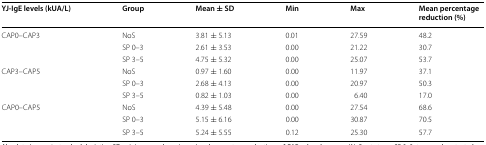
<table><thead><tr><td><b>YJ-IgE levels (kUA/L)</b></td><td><b>Group</b></td><td><b>Mean ± SD</b></td><td><b>Min</b></td><td><b>Max</b></td><td><b>Mean percentage reduction (%)</b></td></tr></thead><tbody><tr><td rowspan="3">CAP0–CAP3</td><td>NoS</td><td>3.81 ± 5.13</td><td>0.01</td><td>27.59</td><td>48.2</td></tr><tr><td>SP 0–3</td><td>2.61 ± 3.53</td><td>0.00</td><td>21.22</td><td>30.7</td></tr><tr><td>SP 3–5</td><td>4.75 ± 5.32</td><td>0.00</td><td>25.07</td><td>53.7</td></tr><tr><td rowspan="3">CAP3–CAP5</td><td>NoS</td><td>0.97 ± 1.60</td><td>0.00</td><td>11.97</td><td>37.1</td></tr><tr><td>SP 0–3</td><td>2.68 ± 4.13</td><td>0.00</td><td>20.97</td><td>50.3</td></tr><tr><td>SP 3–5</td><td>0.82 ± 1.03</td><td>0.00</td><td>6.40</td><td>17.0</td></tr><tr><td rowspan="3">CAP0–CAP5</td><td>NoS</td><td>4.39 ± 5.48</td><td>0.00</td><td>27.54</td><td>68.6</td></tr><tr><td>SP 0–3</td><td>5.15 ± 6.16</td><td>0.00</td><td>30.87</td><td>70.5</td></tr><tr><td>SP 3–5</td><td>5.24 ± 5.55</td><td>0.12</td><td>25.30</td><td>57.7</td></tr></tbody></table>